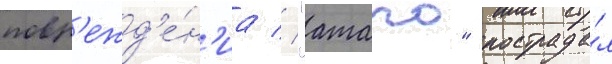
повр'ежд'е́н'иа // "атаго" пострада́л